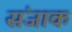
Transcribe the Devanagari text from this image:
संजाक